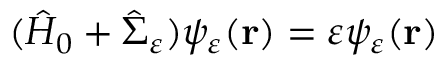
( \hat { H } _ { 0 } + \hat { \Sigma } _ { \varepsilon } ) \psi _ { \varepsilon } ( \mathbf { r } ) = \varepsilon \psi _ { \varepsilon } ( \mathbf { r } )